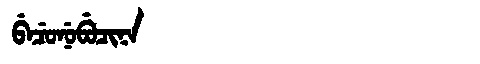
Manchu: ᠪᡝᠴᡠᠨᡠᠪᡠᠴᡳᠨᠠ
Romanization: BECUNUBUCINA